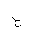
Letter: _ha